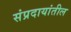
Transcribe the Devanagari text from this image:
संप्रदायांतील